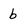
Character: b